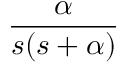
\frac { \alpha } { s ( s + \alpha ) }